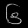
Digit: ၆